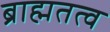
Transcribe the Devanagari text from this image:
ब्राह्मतत्व